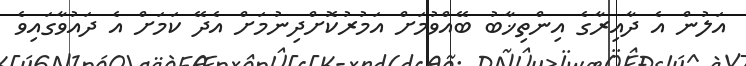
އަލުން އެ ދާއިރާގެ އިންތިޚާބު ބޭއްވުމަށް އަމުރުކޮށްދިނުމަށް އެދޭ ކަމަށް އެ ދައުވާގައިވެ